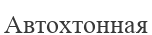
Автохтонная